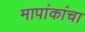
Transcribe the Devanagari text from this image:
मापांकांचा